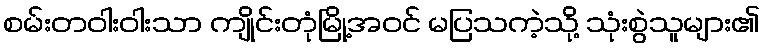
စမ်းတဝါးဝါးသာ ကျိုင်းတုံမြို့အဝင် မပြသကဲ့သို့ သုံးစွဲသူများ၏